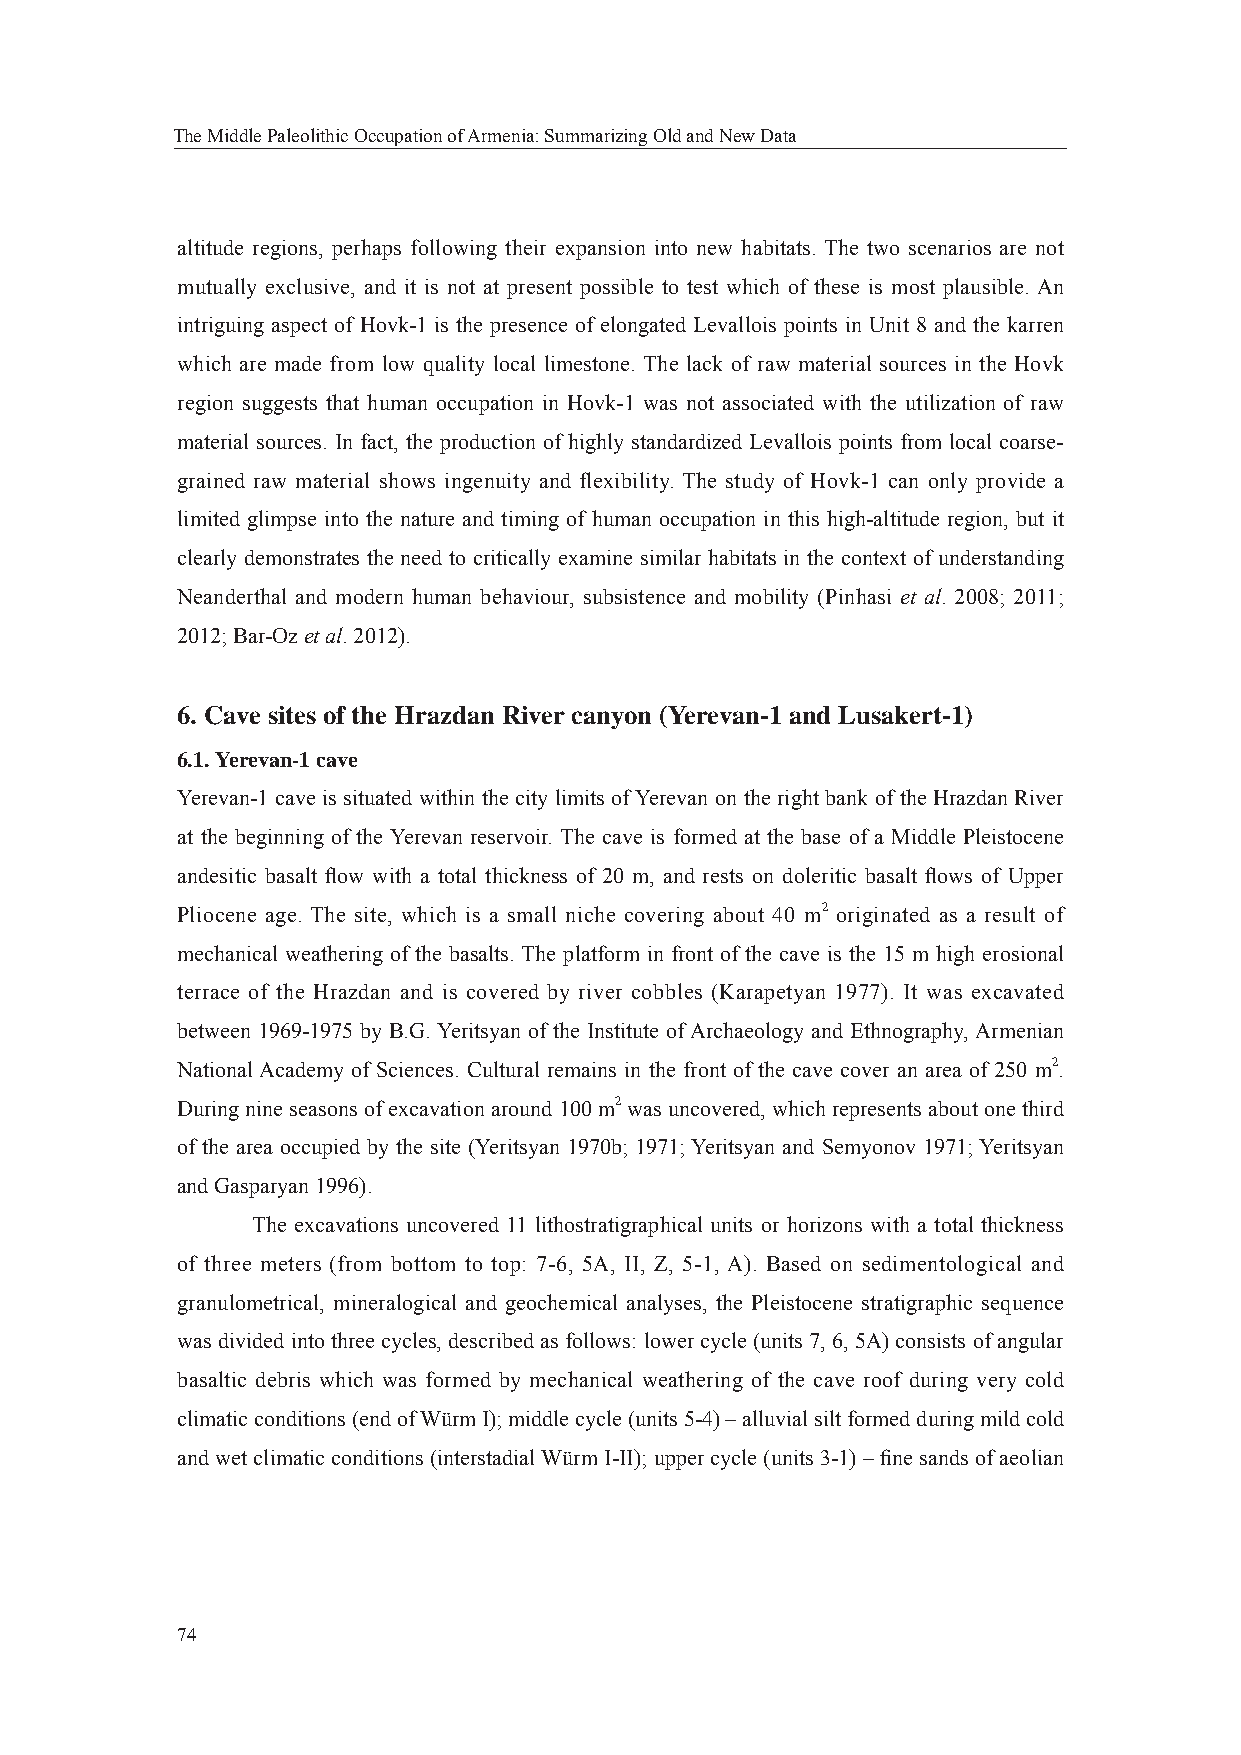
The Middle Paleolithic Occupation of Armenia: Summarizing Old and New Data
 altitude regions, perhaps following their expansion into new habitats. The two scenarios are not
 mutually exclusive, and it is not at present possible to test which of these is most plausible. An
 intriguing aspect of Hovk-1 is the presence of elongated Levallois points in Unit 8 and the karren
 which are made from low quality local limestone. The lack of raw material sources in the Hovk
 region suggests that human occupation in Hovk-1 was not associated with the utilization of raw
 material sources. In fact, the production of highly standardized Levallois points from local coarse-
 grained raw material shows ingenuity and flexibility. The study of Hovk-1 can only provide a
 limited glimpse into the nature and timing of human occupation in this high-altitude region, but it
 clearly demonstrates the need to critically examine similar habitats in the context of understanding
 Neanderthal and modern human behaviour, subsistence and mobility (Pinhasi et al. 2008; 2011;
 2012; Bar-Oz et al. 2012).
 6. Cave sites of the Hrazdan River canyon (Yerevan-1 and Lusakert-1)
 6.1. Yerevan-1 cave
 Yerevan-1 cave is situated within the city limits of Yerevan on the right bank of the Hrazdan River
 at the beginning of the Yerevan reservoir. The cave is formed at the base of a Middle Pleistocene
 andesitic basalt fl ow with a total thickness of 20 m, and rests on doleritic basalt fl ows of Upper
 Pliocene age. The site, which is a small niche covering about 40 m2 originated as a result of
 mechanical weathering of the basalts. The platform in front of the cave is the 15 m high erosional
 terrace of the Hrazdan and is covered by river cobbles (Karapetyan 1977). It was excavated
 between 1969-1975 by B.G. Yeritsyan of the Institute of Archaeology and Ethnography, Armenian
 National Academy of Sciences. Cultural remains in the front of the cave cover an area of 250 m2.
 During nine seasons of excavation around 100 m2 was uncovered, which represents about one third
 of the area occupied by the site (Yeritsyan 1970b; 1971; Yeritsyan and Semyonov 1971; Yeritsyan
 and Gasparyan 1996).
 The excavations uncovered 11 lithostratigraphical units or horizons with a total thickness
 of three meters (from bottom to top: 7-6, 5A, II, Z, 5-1, A). Based on sedimentological and
 granulometrical, mineralogical and geochemical analyses, the Pleistocene stratigraphic sequence
 was divided into three cycles, described as follows: lower cycle (units 7, 6, 5A) consists of angular
 basaltic debris which was formed by mechanical weathering of the cave roof during very cold
 climatic conditions (end of Würm I); middle cycle (units 5-4) – alluvial silt formed during mild cold
 and wet climatic conditions (interstadial Würm I-II); upper cycle (units 3-1) – fi ne sands of aeolian
 74